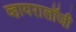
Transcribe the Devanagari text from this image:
व्हायरालॉजी